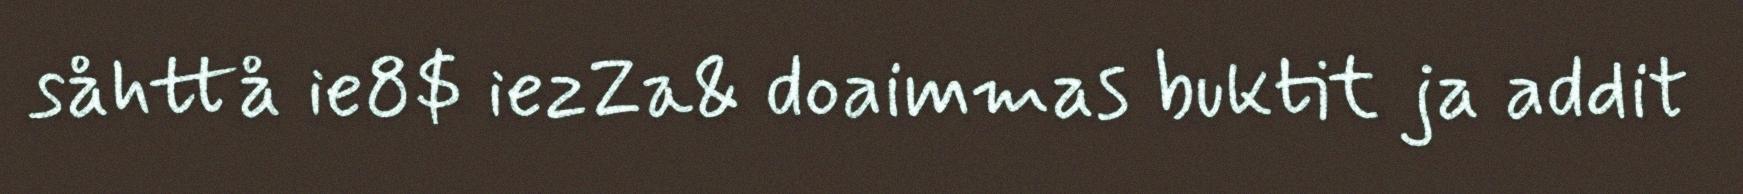
såhttå ie8$ iezZa& doaimmas buktit ja addit